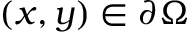
( x , y ) \in \partial \Omega